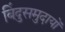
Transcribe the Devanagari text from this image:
बिंदुसमुदायों